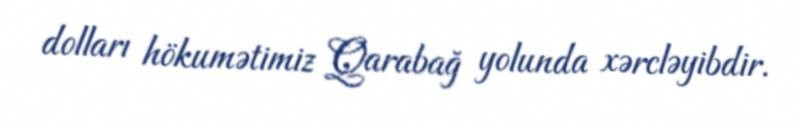
dolları hökumətimiz Qarabağ yolunda xərcləyibdir.